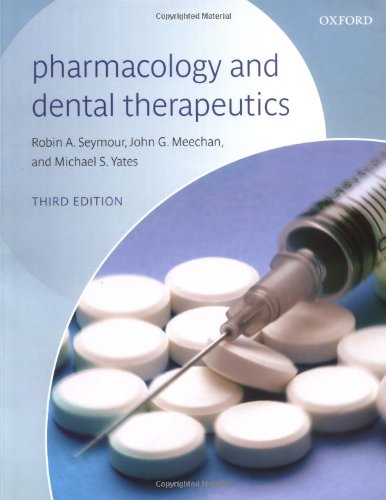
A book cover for Pharmacology and Dental Therapeutics; Robin A. Seymour; Medical Books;